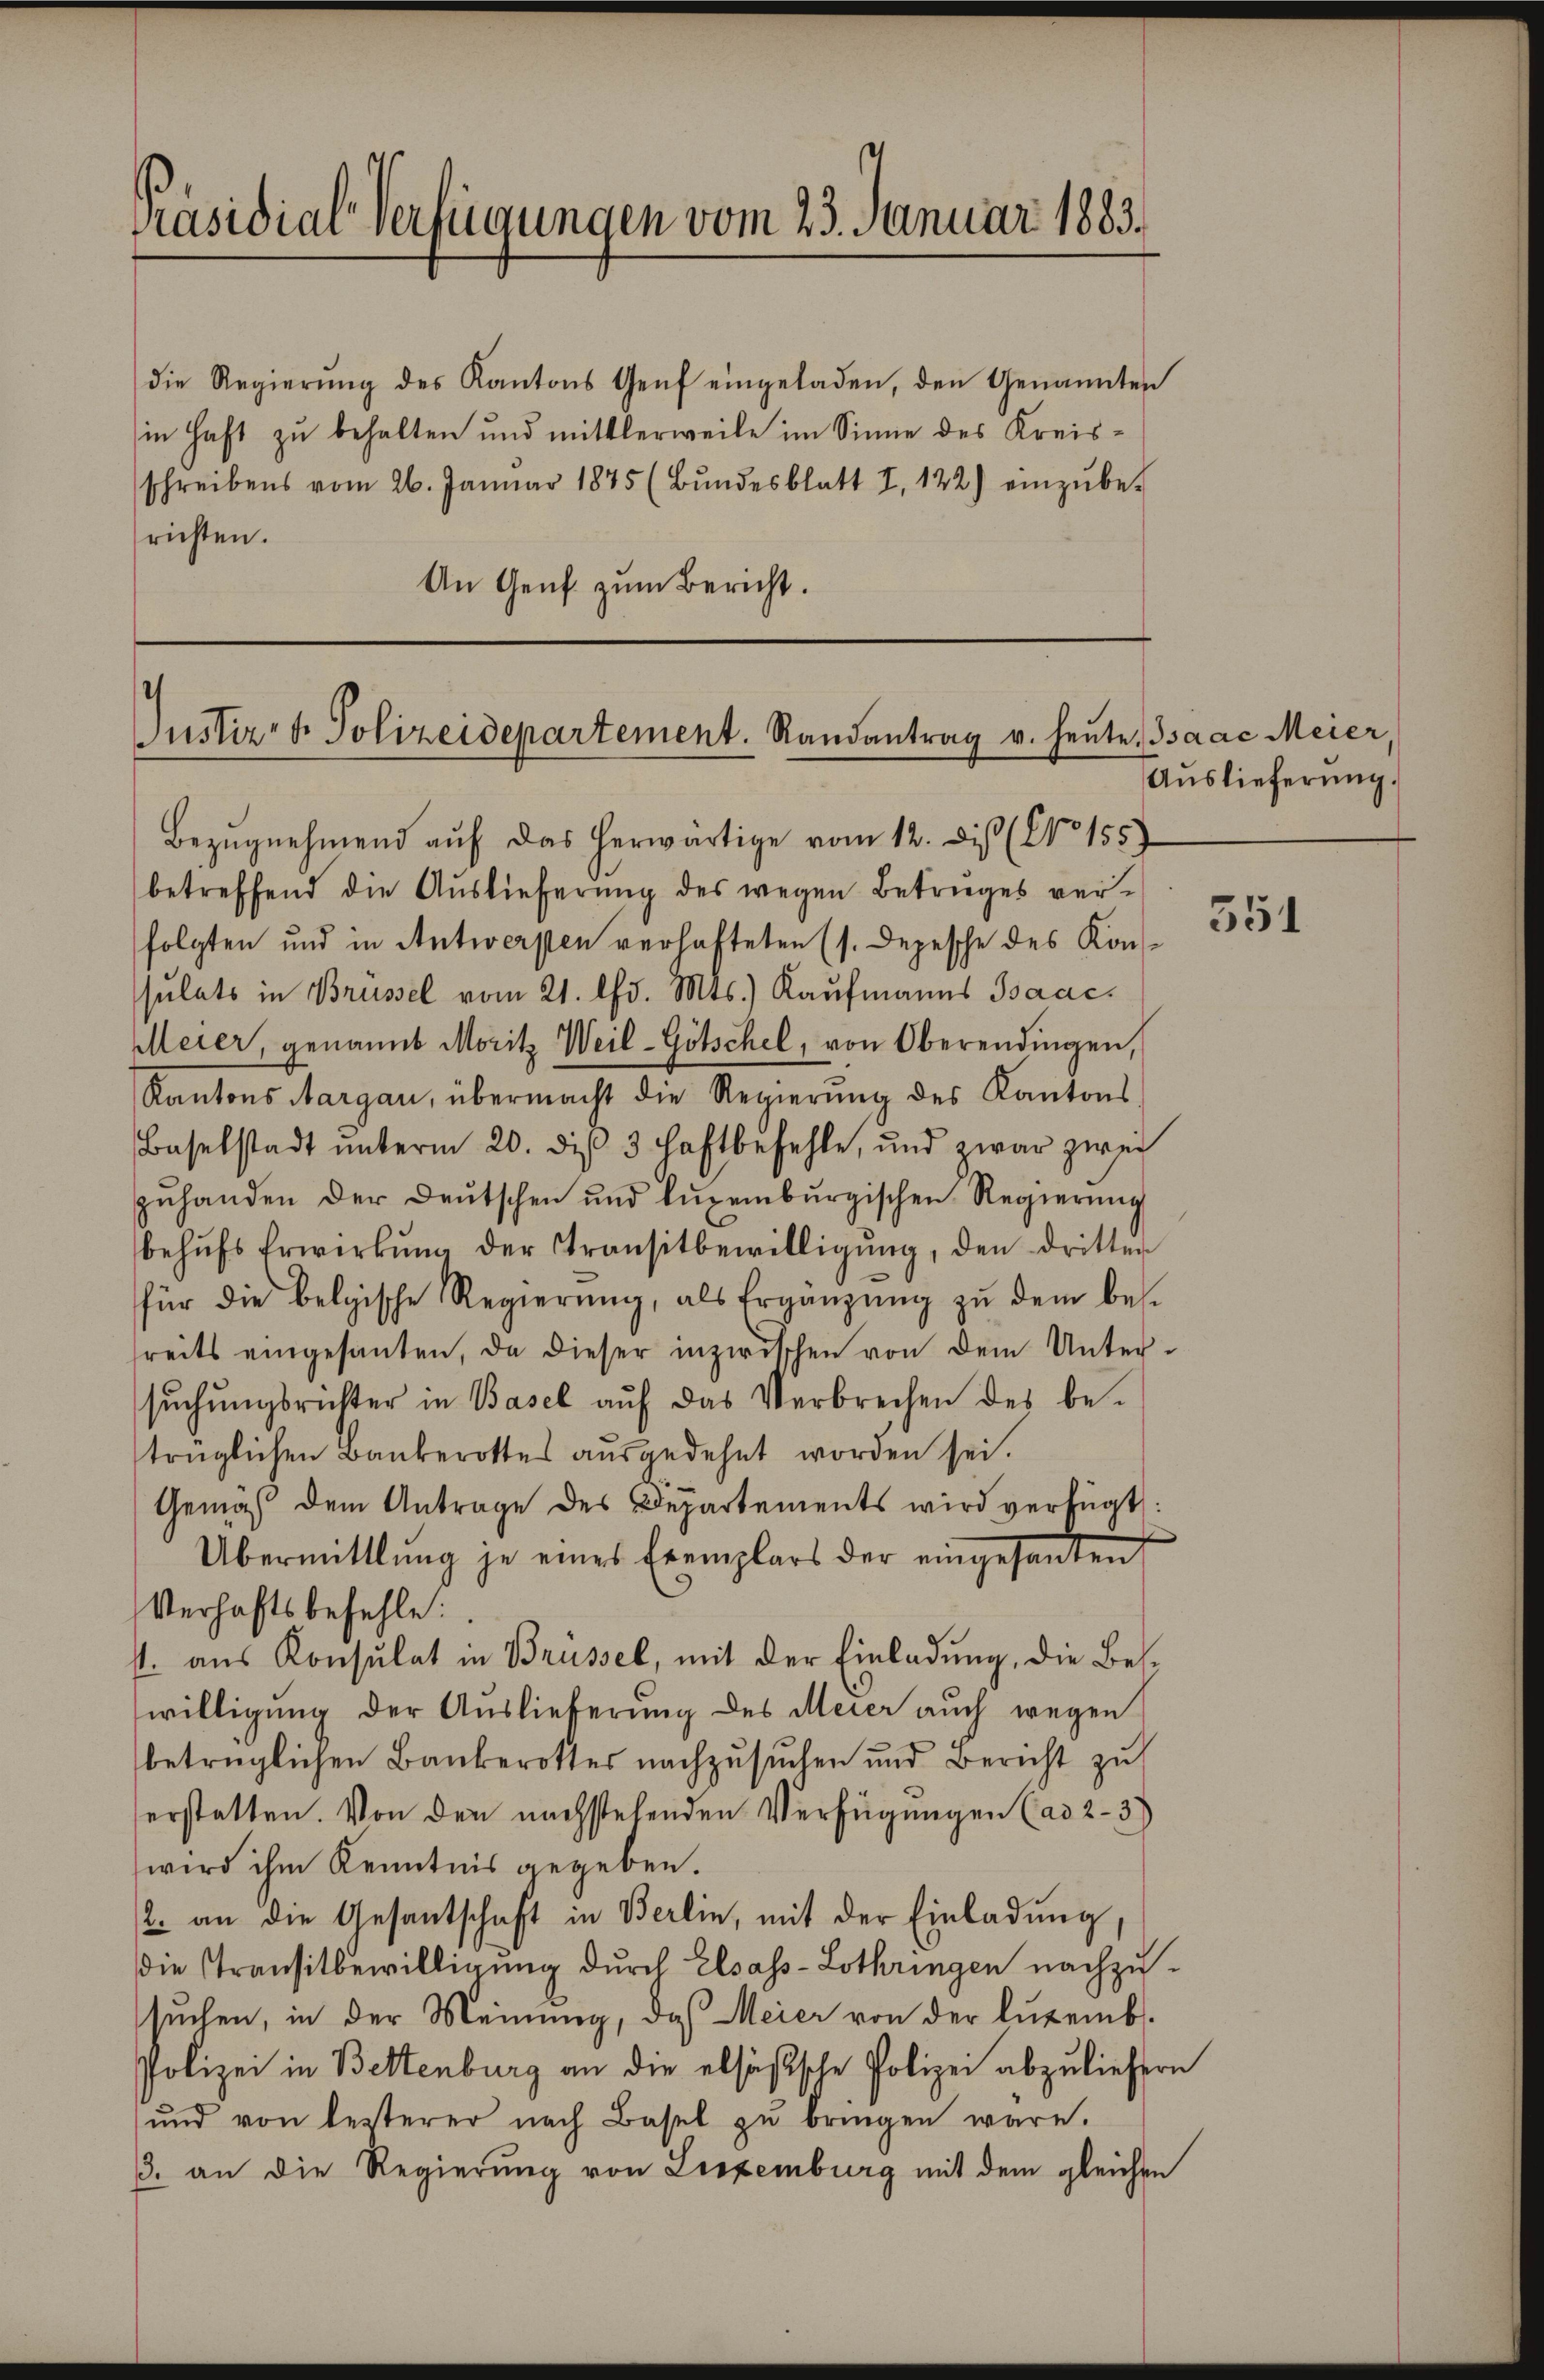
Präsidial-Verfügungen vom 23. Januar 1883.

die Regierŭng des Kantons Genf eingeladen, den Genannten
in Haft zu behalten und mittlerweile im Sinne des Kreisschreibens vom 26. Januar 1875 (Bŭndesblatt I. 122) einzŭbe-
richten.
An Genf zum Bericht.

Justiz- & Polizeidepartement. Randantrag v. heute. Isaac Meier,
Bezŭgnehmend aŭf das herwärtige vom 12. Dis (No 155)

betreffend die Auslieferung des wegen Betruges verfolgten und in Antwerpen verhafteten (s. Depesche des Konsulats in Brüssel vom 21. lfd. Mts.) Kaufmanns Baac¬
Meier, genannt Moritz Weil-Götschel, von Oberendingen,
Kantons Aargau, übermacht die Regierŭng des Kantons
Baselstadt ŭnterm 20. di 3 Haftbefehle, und zwar zwei
zŭhanden der Deutschen und Luxenbŭrgischen Regierŭng
behŭfs Erwirkŭng der Transitbewilligŭng, den dritter
für die Belgische Regierŭng, als Ergänzŭng zŭ dem bes
sreits eingesanten, da dieser inzwischen von dem Unter-
sŭchŭngsrichter in Basel aŭf das Verbrechen des be-
trüglichen Bankerottes ausgedehnt worden sei.
Gemäß dem Antrage des Departements wird verfügt:
Übermittlung je eines Exemplars der eingesanten
Verhaftsbefehle:
s. aus Konsulat in Brüssel, mit der Einladung, die Beswilligung der Auslieferung des Meier auch wegen
betrüglichen Bankerotter nachzusuchen und Bericht zu
erstatten. Von den nachstehenden Verfügungen (ad 2.- 3)
wird ihm Kenntnis gegeben.
/2. an die Gesantschaft in Berlin, mit der Einladung,
die Transitbewilligung durch Elsass-Lothringen nachzu-
sŭchen, in der Meinung, daß Meier von der luzemb.
Polizei in Bettenburg an die alsößische Polizei abzuliefern
ŭnd von lezterer nach Basel zŭ bringen wäre.
3. an die Regierung von Liezemburg mit dem gleichen

Auslieferung.

351